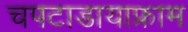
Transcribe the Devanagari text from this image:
चपटाडायाफ्राम